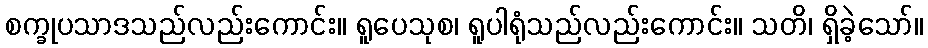
စက္ခုပသာဒသည်လည်းကောင်း။ ရူပေသုစ၊ ရူပါရုံသည်လည်းကောင်း။ သတိ၊ ရှိခဲ့သော်။